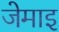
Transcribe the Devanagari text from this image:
जेमाइ